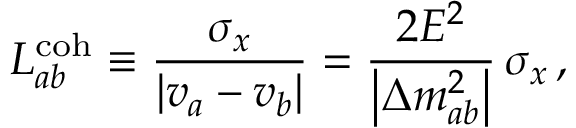
L _ { a b } ^ { \mathrm { c o h } } \equiv \frac { \sigma _ { x } } { \left| v _ { a } - v _ { b } \right| } = \frac { 2 E ^ { 2 } } { \left| \Delta { m } _ { a b } ^ { 2 } \right| } \, \sigma _ { x } \, ,